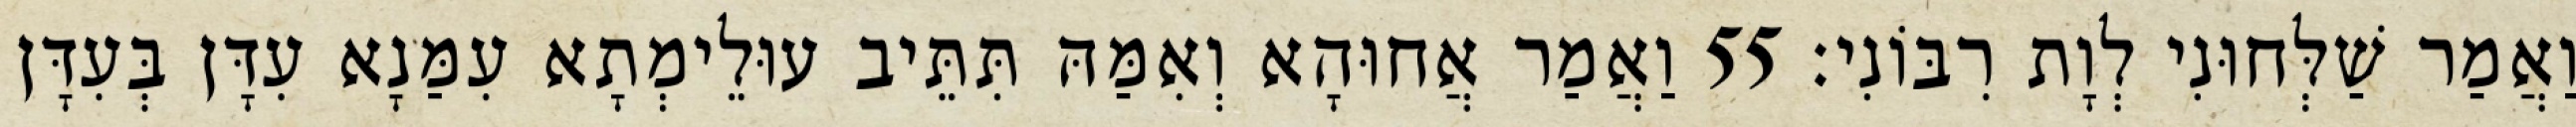
וַאֲמַר שַׁלְּחוּנִי לְוָת רִבּוֹנִי׃ 55 וַאֲמַר אֲחוּהָא וְאִמַּהּ תִּתֵּיב עוּלֵימְתָא עִמַּנָא עִדָּן בְּעִדָּן